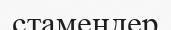
стамендер